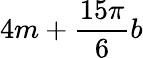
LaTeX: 4m+\frac{15\pi}{6}b